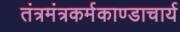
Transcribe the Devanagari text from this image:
तंत्रमंत्रकर्मकाण्डाचार्य